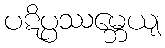
ပဋိပ္ပဿမ္ဘေယျ